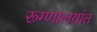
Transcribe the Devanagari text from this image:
रूग्णालयांत